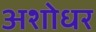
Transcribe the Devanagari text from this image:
अशोधर